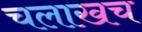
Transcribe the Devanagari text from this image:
चलाखच